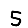
Digit: 5